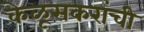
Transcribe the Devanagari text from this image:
केळूसकरांची